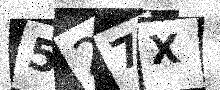
Text: 527X